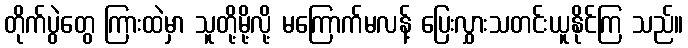
တိုက်ပွဲတွေ ကြားထဲမှာ သူတို့မို့လို့ မကြောက်မလန့် ပြေးလွှားသတင်းယူနိုင်ကြ သည်။